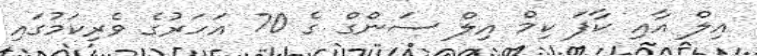
އިލް އާއި ކާފަ ކިމް އިލް ސަންގް ގެ 70 އަހަރުގެ ވެރިކަމުގައި